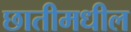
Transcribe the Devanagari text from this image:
छातीमधील